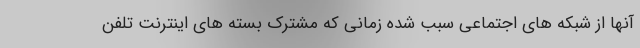
آنها از شبکه های اجتماعی سبب شده زمانی که مشترک بسته های اینترنت تلفن